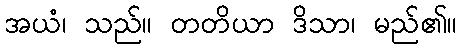
အယံ၊ သည်။ တတိယာ ဒိသာ၊ မည်၏။